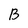
Character: B